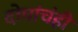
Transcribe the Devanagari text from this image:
दोघांचंही